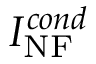
I _ { \mathrm { N F } } ^ { c o n d }